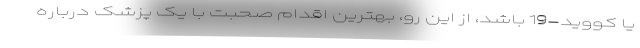
یا کووید-19 باشد، از این رو، بهترین اقدام صحبت با یک پزشک درباره